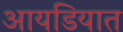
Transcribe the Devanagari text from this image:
आयडियात